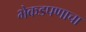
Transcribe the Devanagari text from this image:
भेकडपणाचा